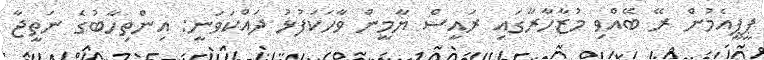
ޕީޕީއެމުން ރޭ ބޭއްވި މުޒާހާރާގައި ރައީސް ޔާމީން ވާހަކަފުޅު ދައްކަވަނީ: އިންތިހާބުގެ ނަތީޖާ